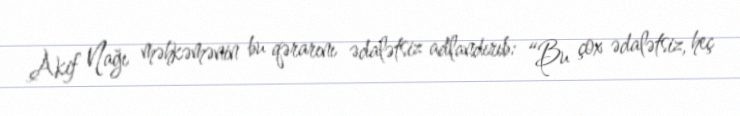
Akif Nağı məhkəmənin bu qərarını ədalətsiz adlandırıb: “Bu çox ədalətsiz, heç